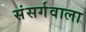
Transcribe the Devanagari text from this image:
संसर्गवाला